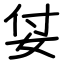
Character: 姇